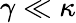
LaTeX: \gamma\ll\kappa